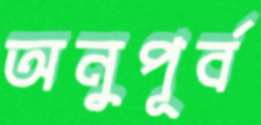
অনুপূর্ব